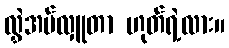
လွှဲအပ်လှူတာ ဟုတ်ရဲ့လား။